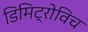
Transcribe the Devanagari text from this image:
डिमिट्रोविच